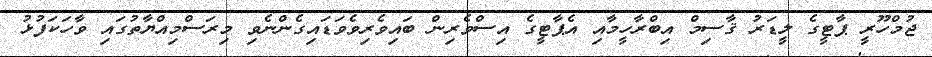
ޖުމްހޫރީ ޕާޓީގެ ލީޑަރު ޤާސިމް އިބްރާހީމާއި އެޕާޓީގެ އިސްވެރިން ބައިވެރިވެވަޑައިގެންނެވި މިރަސްމިއްޔާތުގައި ވާހަކަފުޅު